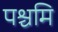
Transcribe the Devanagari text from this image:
पश्चमि